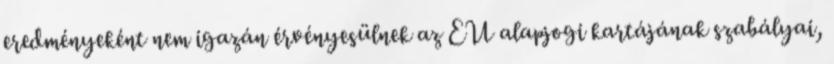
eredményeként nem igazán érvényesülnek az EU alapjogi kartájának szabályai,